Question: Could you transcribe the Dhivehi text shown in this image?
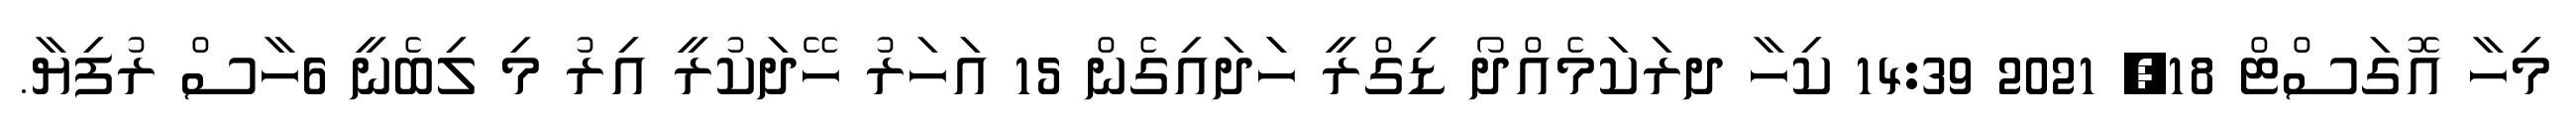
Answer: މިހާ އޮގަސްޓް 18, 2021 14:39 ކިހާ ދރަކަމެއްދޯ ޑިގްރީ ހަަދައިގެން 15 އަހަރު ހޭދަކުރީ އިރު މި ލިބެނީ 6ހާސް ރުފިޔާ.